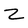
Character: 2